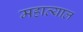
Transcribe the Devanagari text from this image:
महाव्याल